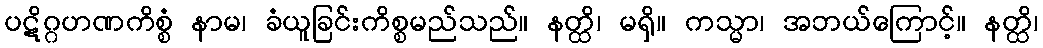
ပဋိဂ္ဂဟဏကိစ္စံ နာမ၊ ခံယူခြင်းကိစ္စမည်သည်။ နတ္ထိ၊ မရှိ။ ကသ္မာ၊ အဘယ်ကြောင့်။ နတ္ထိ၊